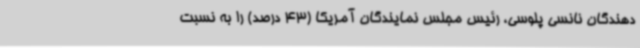
دهندگان نانسی پلوسی، رئیس مجلس نمایندگان آمریکا (43 درصد) را به نسبت